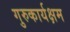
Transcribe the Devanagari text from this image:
गुरुकार्यक्षम